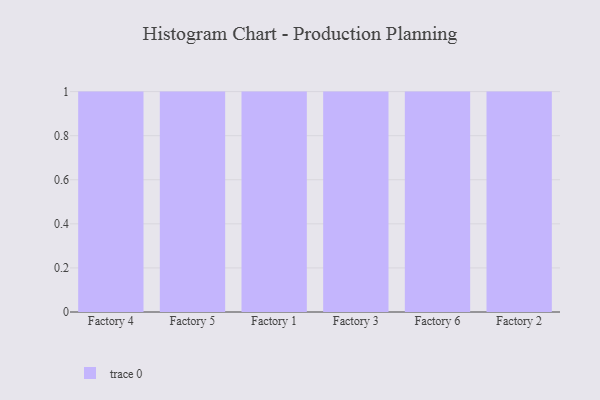
{"axis": {"x": "Factory", "y": "Bounce Rate (%)"}, "legend": [""], "data": [{"x": "Factory 4", "y": 52, "type": ""}, {"x": "Factory 5", "y": 48, "type": ""}, {"x": "Factory 1", "y": 99, "type": ""}, {"x": "Factory 3", "y": 11, "type": ""}, {"x": "Factory 6", "y": 92, "type": ""}, {"x": "Factory 2", "y": 21, "type": ""}]}